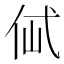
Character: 𰁶